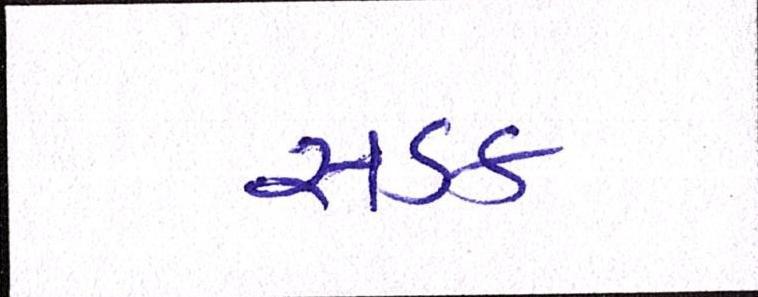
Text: સડક